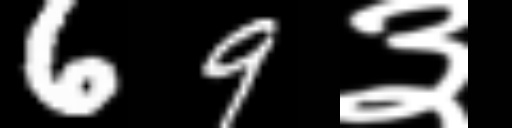
Text: 69३